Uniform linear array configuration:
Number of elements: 64
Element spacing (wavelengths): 1
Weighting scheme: binomial
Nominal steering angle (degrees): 60
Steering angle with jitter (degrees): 60.057
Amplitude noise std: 0.05
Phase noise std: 0.05

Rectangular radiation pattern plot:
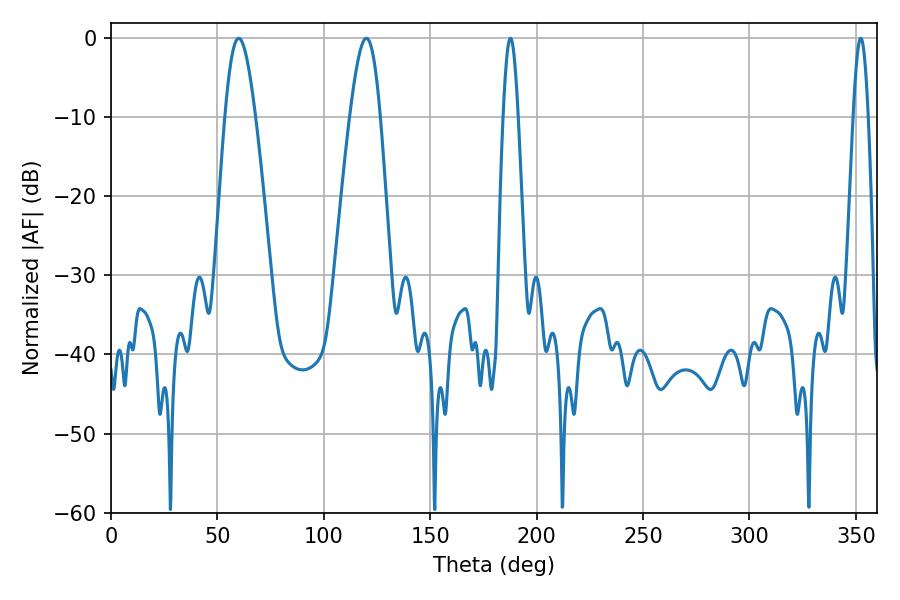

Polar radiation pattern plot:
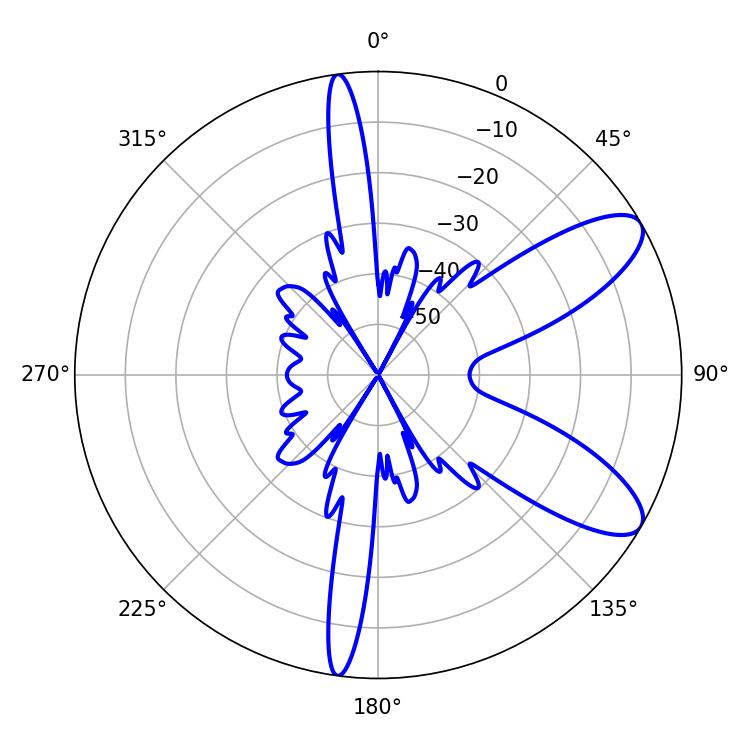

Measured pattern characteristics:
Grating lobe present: TRUE
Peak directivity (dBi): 9.292
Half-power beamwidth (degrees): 7.74
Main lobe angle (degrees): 59.94